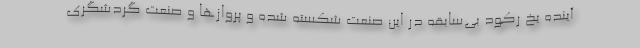
آینده یخ رکود بی‌سابقه در این صنعت شکسته شده و پروازها و صنعت گردشگری